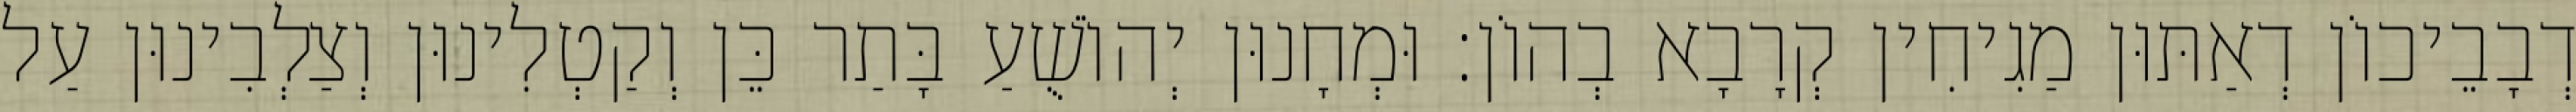
דְבָבֵיכוֹן דְאַתּוּן מַגִיחִין קְרָבָא בְהוֹן׃ וּמְחָנוּן יְהוֹשֻׁעַ בָּתַר כֵּן וְקַטְלִינוּן וְצַלְבִינוּן עַל